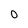
Character: 0